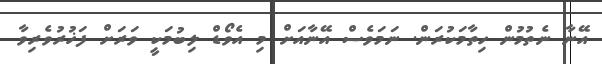
އޭނާ ނެތުމުން ހިތާމަކުރަން. ނަމަވެސް އޭނާއަށް މި އެވޯޑް ލިބުމަކީ ވަރަށް ފަޚުރުވެރިވާ